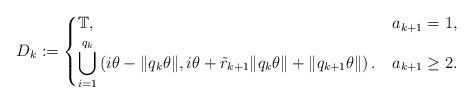
LaTeX: \begin{align*}D_k := \begin{dcases}\mathbb T, &a_{k+1} = 1, \\\bigcup_{i=1}^{q_{k}} \left( i \theta - \| q_{k} \theta\|, i \theta + \tilde r_{k+1} \|q_{k} \theta\| + \|q_{k+1}\theta\| \right). &a_{k+1} \ge 2.\end{dcases}\end{align*}